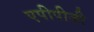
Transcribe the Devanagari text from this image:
एपीपीजी